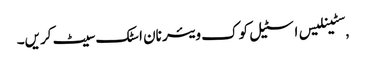
,سٹینلیس اسٹیل کوک ویئر نان اسٹک سیٹ کریں۔